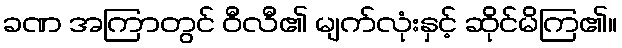
ခဏ အကြာတွင် ဝီလီ၏ မျက်လုံးနှင့် ဆိုင်မိကြ၏။